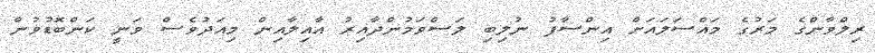
ރިލްވާންގެ މަރުގެ މައްސަލައަށް އިންސާފު ނުލިބި ލަސްވަމުންދާއިރު އާއިލާއިން މިއަދުވެސް ވަނީ ކަންބޮޑުވުން